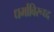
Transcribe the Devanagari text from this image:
धर्माविरूध्द